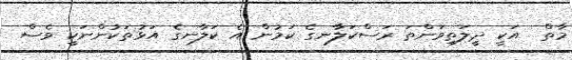
މާތް  އަކީ ދީލަތިވަންތަ ރަސްކަލާނގެ ކަމުން އެ ކަލާނގެ އަޅުތަކުންނަކީ ވެސް